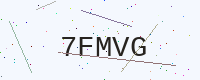
Text: 7FMVG